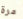
مرة